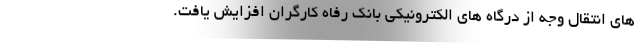
های انتقال وجه از درگاه های الکترونیکی بانک رفاه کارگران افزایش یافت.